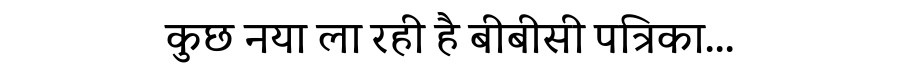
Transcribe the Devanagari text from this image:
कुछ नया ला रही है बीबीसी पत्रिका...